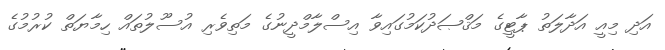
އަދި މިއީ އަދާލަތު ޕާޓީގެ މަޤްޞަދުކަމުގައިވާ އިސްލާމްދީނުގެ މަތިވެރި އުސޫލުތައް ހިމާޔަތް ކުރުމުގެ